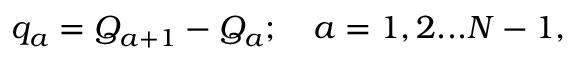
q _ { a } = Q _ { a + 1 } - Q _ { a } ; \quad a = { 1 , 2 . . . N - 1 } ,